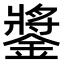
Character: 𨫥